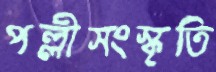
পল্লীসংস্কৃতি